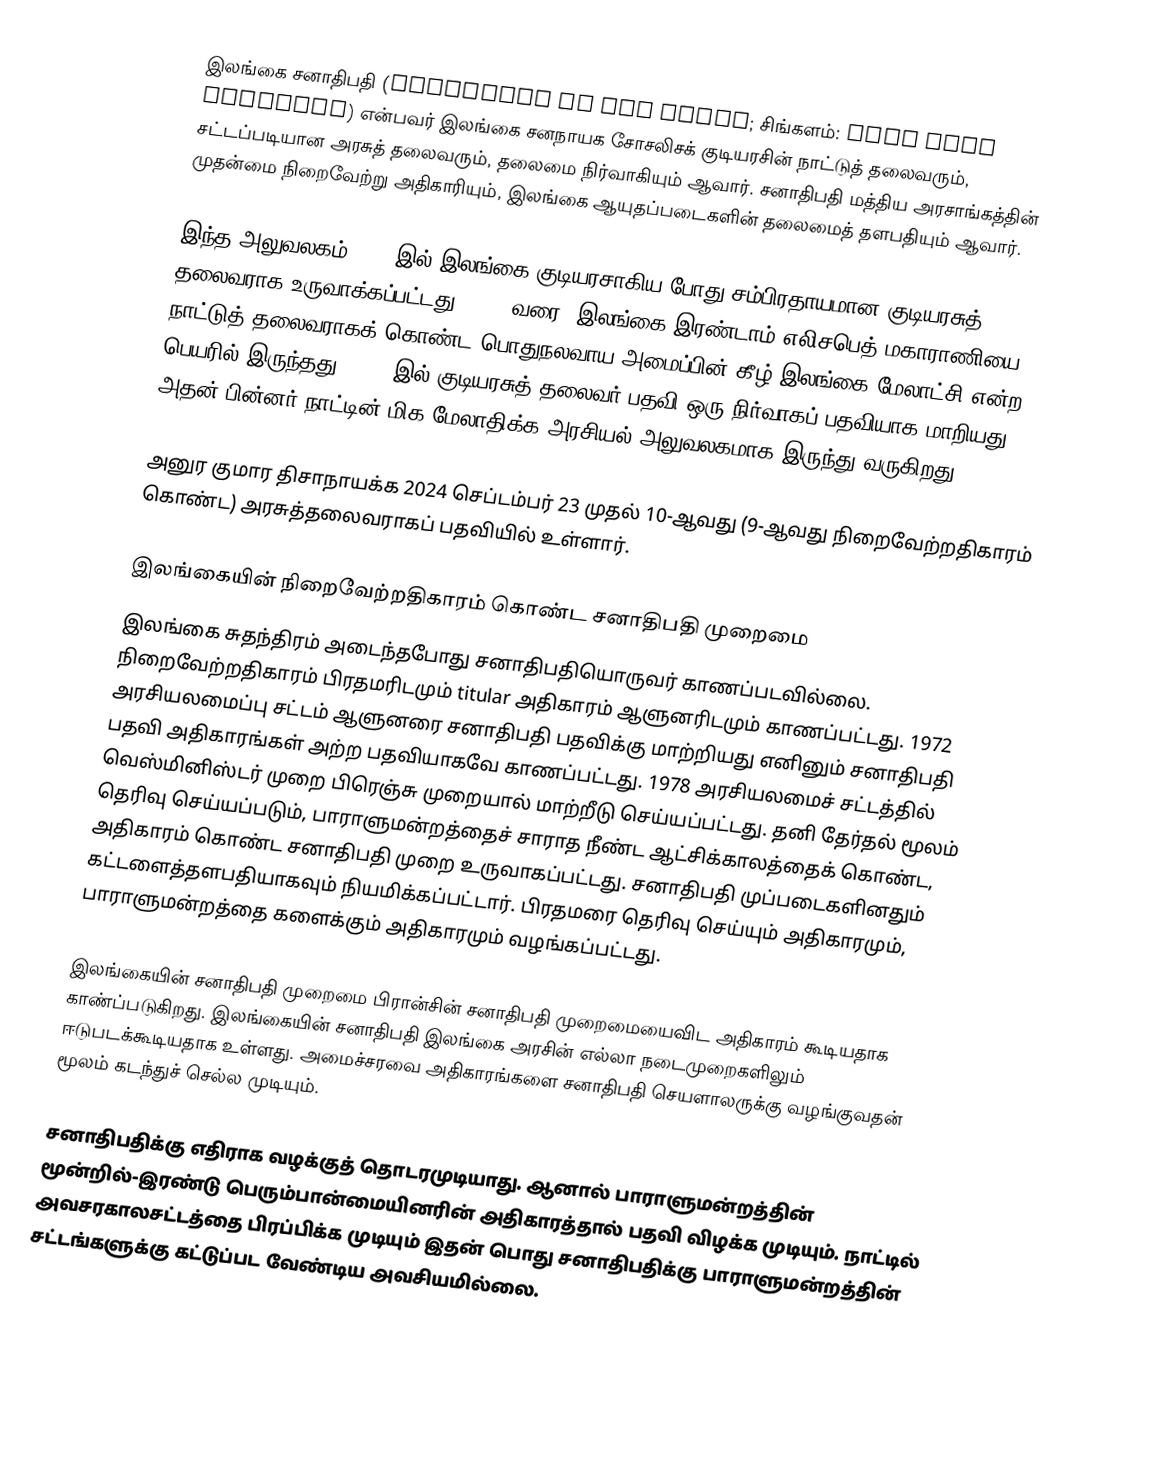
இலங்கை சனாதிபதி (President of Sri Lanka; சிங்களம்: ශ්රී ලංකා ජනාධිපති) என்பவர் இலங்கை சனநாயக சோசலிசக் குடியரசின் நாட்டுத் தலைவரும், சட்டப்படியான அரசுத் தலைவரும், தலைமை நிர்வாகியும் ஆவார். சனாதிபதி மத்திய அரசாங்கத்தின் முதன்மை நிறைவேற்று அதிகாரியும், இலங்கை ஆயுதப்படைகளின் தலைமைத் தளபதியும் ஆவார்.

இந்த அலுவலகம் 1972 இல் இலங்கை குடியரசாகிய போது சம்பிரதாயமான குடியரசுத் தலைவராக உருவாக்கப்பட்டது. 1972 வரை, இலங்கை இரண்டாம் எலிசபெத் மகாராணியை நாட்டுத் தலைவராகக் கொண்ட பொதுநலவாய அமைப்பின் கீழ் இலங்கை மேலாட்சி என்ற பெயரில் இருந்தது. 1978 இல் குடியரசுத் தலைவர் பதவி ஒரு நிர்வாகப் பதவியாக மாறியது, அதன் பின்னர் நாட்டின் மிக மேலாதிக்க அரசியல் அலுவலகமாக இருந்து வருகிறது.

அனுர குமார திசாநாயக்க 2024 செப்டம்பர் 23 முதல் 10-ஆவது (9-ஆவது நிறைவேற்றதிகாரம் கொண்ட) அரசுத்தலைவராகப் பதவியில் உள்ளார்.

இலங்கையின் நிறைவேற்றதிகாரம் கொண்ட சனாதிபதி முறைமை
இலங்கை சுதந்திரம் அடைந்தபோது சனாதிபதியொருவர் காணப்படவில்லை. நிறைவேற்றதிகாரம் பிரதமரிடமும் titular அதிகாரம் ஆளுனரிடமும் காணப்பட்டது. 1972 அரசியலமைப்பு சட்டம் ஆளுனரை சனாதிபதி பதவிக்கு மாற்றியது எனினும் சனாதிபதி பதவி அதிகாரங்கள் அற்ற பதவியாகவே காணப்பட்டது. 1978 அரசியலமைச் சட்டத்தில் வெஸ்மினிஸ்டர் முறை பிரெஞ்சு முறையால் மாற்றீடு செய்யப்பட்டது. தனி தேர்தல் மூலம் தெரிவு செய்யப்படும், பாராளுமன்றத்தைச் சாராத நீண்ட ஆட்சிக்காலத்தைக் கொண்ட, அதிகாரம் கொண்ட சனாதிபதி முறை உருவாகப்பட்டது. சனாதிபதி முப்படைகளினதும் கட்டளைத்தளபதியாகவும் நியமிக்கப்பட்டார். பிரதமரை தெரிவு செய்யும் அதிகாரமும், பாராளுமன்றத்தை களைக்கும் அதிகாரமும் வழங்கப்பட்டது.

இலங்கையின் சனாதிபதி முறைமை பிரான்சின் சனாதிபதி முறைமையைவிட அதிகாரம் கூடியதாக காண்ப்படுகிறது. இலங்கையின் சனாதிபதி இலங்கை அரசின் எல்லா நடைமுறைகளிலும் ஈடுபடக்கூடியதாக உள்ளது. அமைச்சரவை அதிகாரங்களை சனாதிபதி செயளாலருக்கு வழங்குவதன் மூலம் கடந்துச் செல்ல முடியும்.

சனாதிபதிக்கு எதிராக வழக்குத் தொடரமுடியாது. ஆனால் பாராளுமன்றத்தின் மூன்றில்-இரண்டு பெரும்பான்மையினரின் அதிகாரத்தால் பதவி விழக்க முடியும். நாட்டில் அவசரகாலசட்டத்தை பிரப்பிக்க முடியும் இதன் பொது சனாதிபதிக்கு பாராளுமன்றத்தின் சட்டங்களுக்கு கட்டுப்பட வேண்டிய அவசியமில்லை.
199